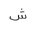
Letter: _shin